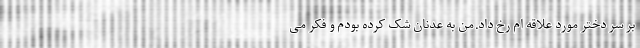
بر سر دختر مورد علاقه ام رخ داد.من به عدنان شک کرده بودم و فکر می